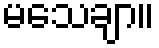
မသေချာ။